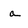
Character: a